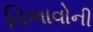
વિભાવોની